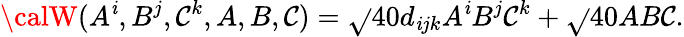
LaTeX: {\calW}(A^{\mathit{i}},B^{j},\mathcal{C}^{k},A,B,\mathcal{C})=\sqrt{}{{40}}d_{\mathit{i}jk}A^{\mathit{i}}B^{j}\mathcal{C}^{k}+\sqrt{}{{40}}AB\mathcal{C}.